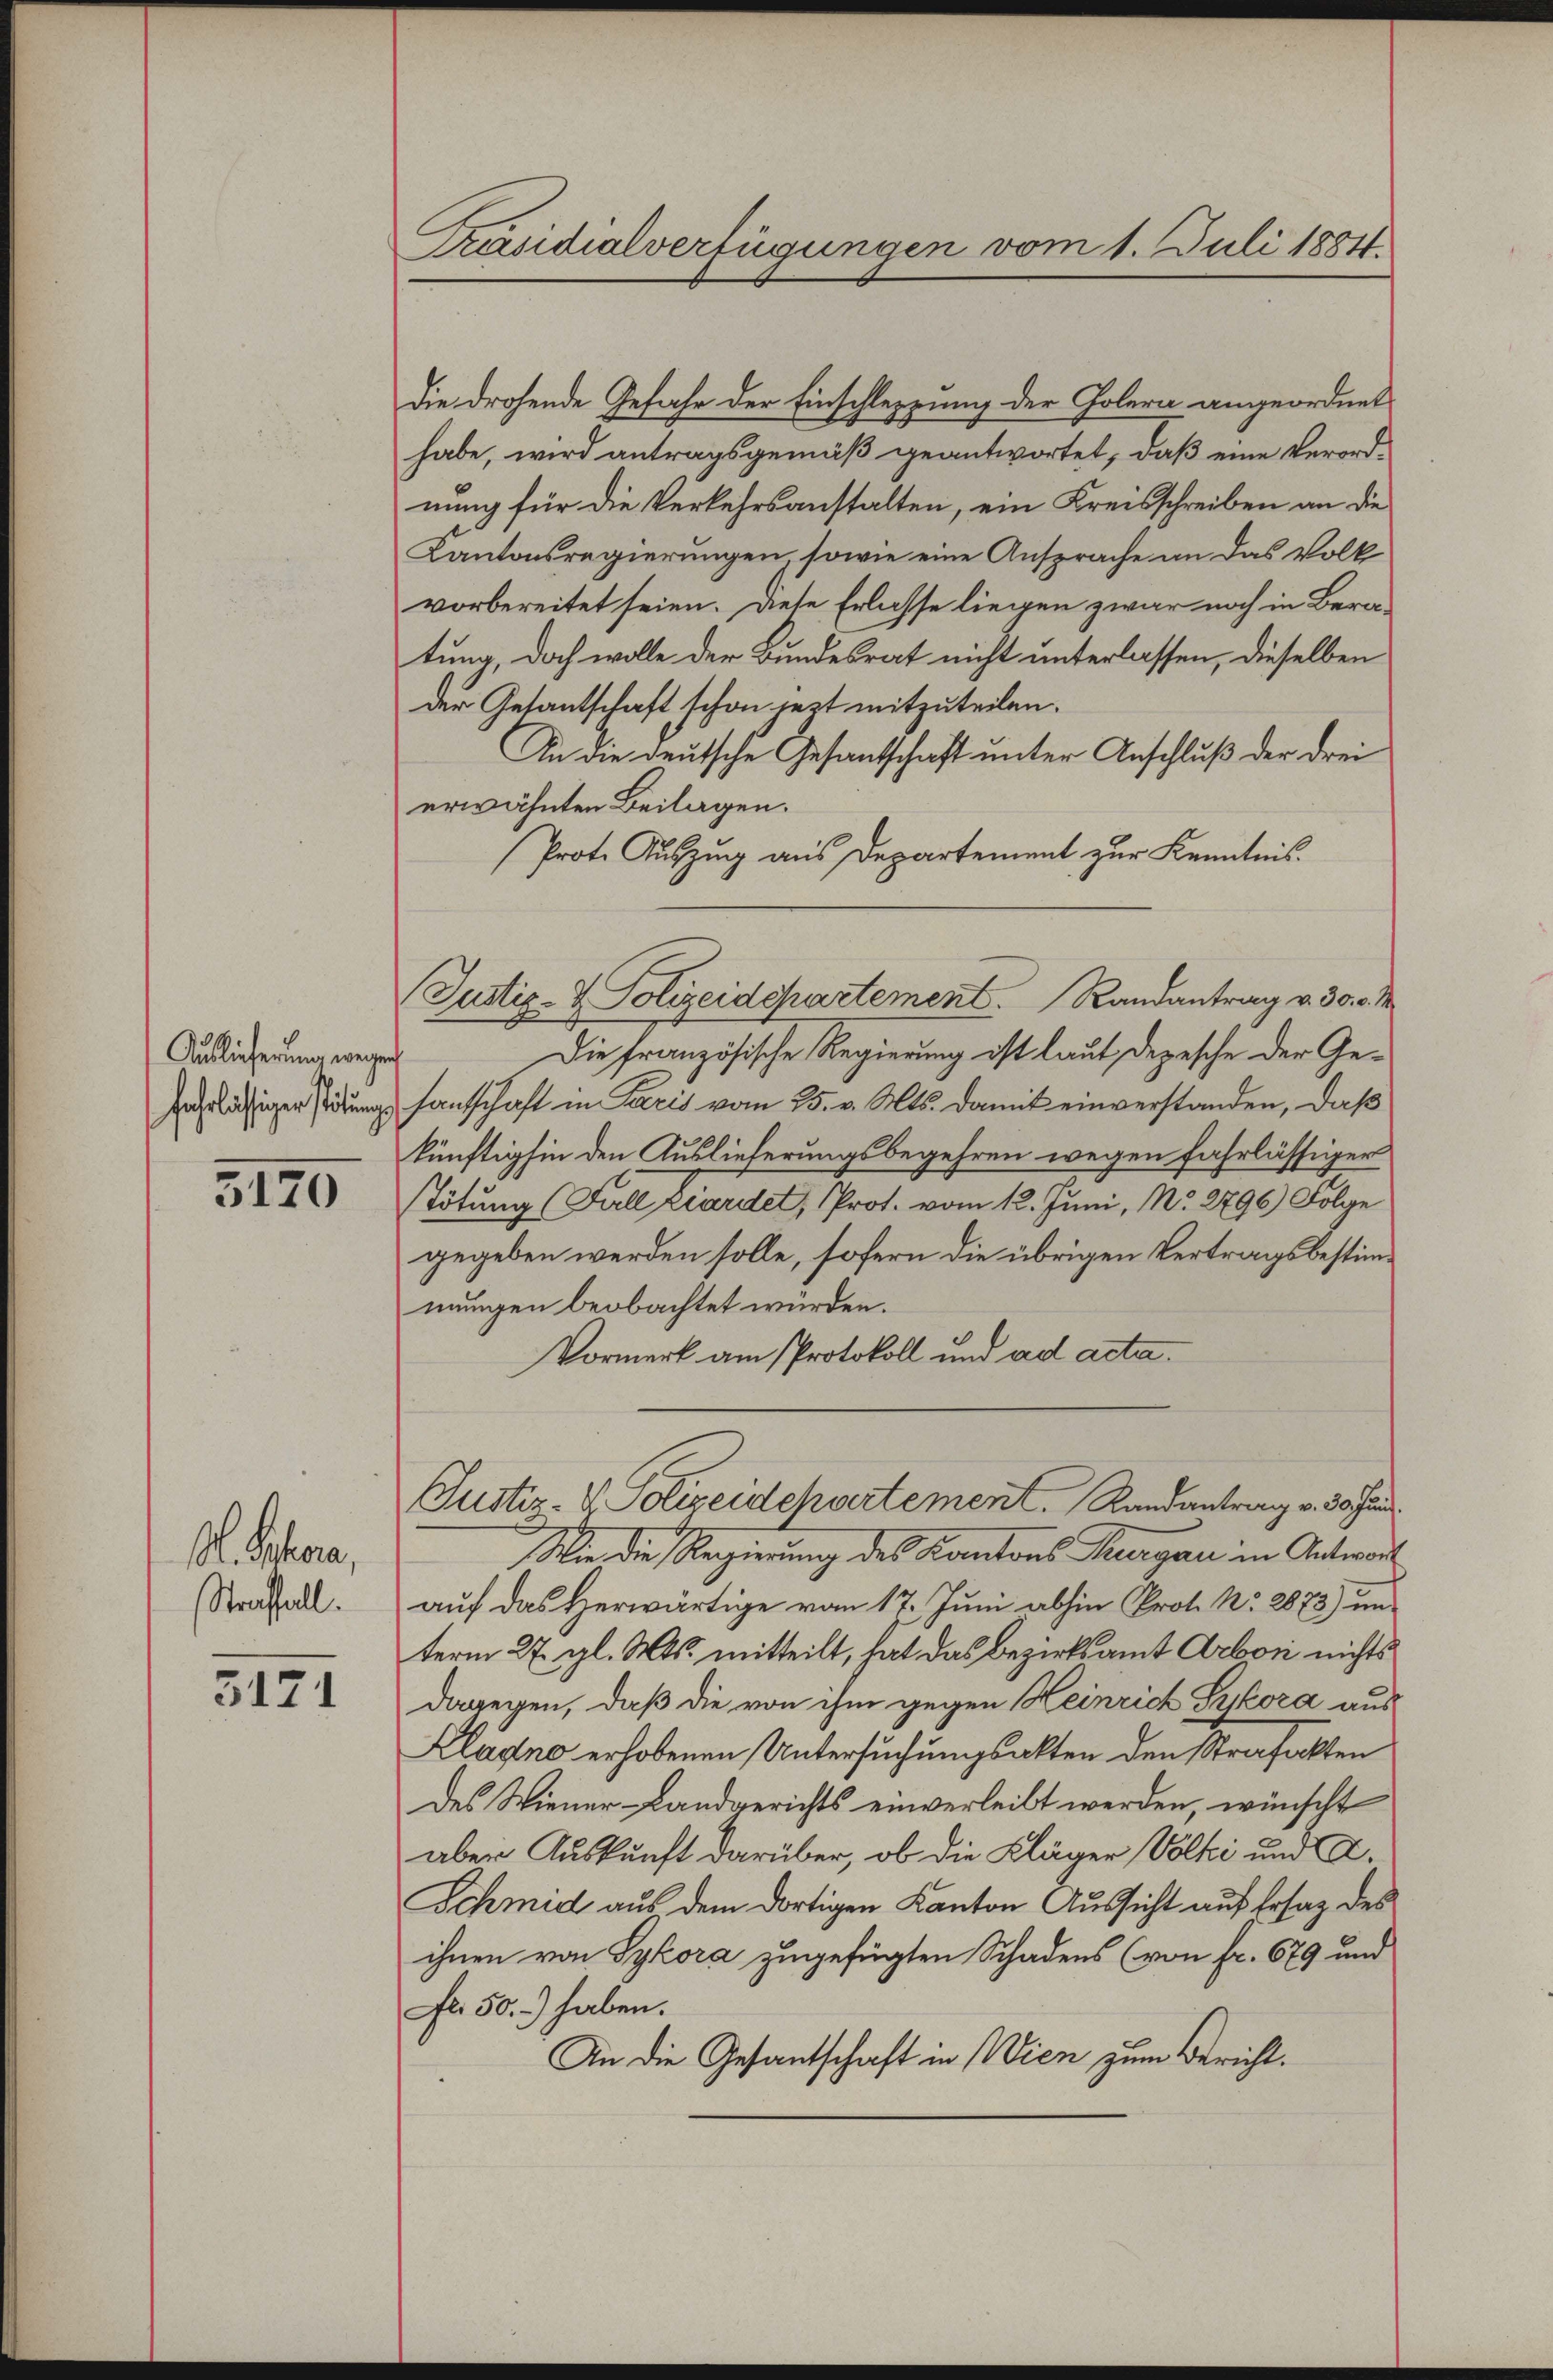
Auslieferung wegen
fahrlässiger Situng

3120

M. Schorn,
Straffall.

3171

Präsidialverfügungen vom 1. Juli 1884.

Die drohende Gefahr der Einschleppung der Golera angeordnet
habe, wird antragsgemäß geantwortet, daß eine Verordnung für die Verkehrsanstalten, ein Kreisschreiben an die
Kantonsregierungen, sowie eine Ansprache an das Volk
vorbereitet seien. Diese Erlasse liegen zwar noch in Beratung, doch wolle der Bundesrat nicht unterlassen, dieselben
der Gesantschaft schon jezt mitzuteilen.
In die deutsche Gesantschaft unter Anschluß der drei
erwähnten Beilagen.
Prot. Auszug aus Departement zur Kenntnis.
Justiz- & Polizeidepartement. Randantrag v. 30. v. M
Die französische Regierung ist laut Depesche der Gefantschaft in Paris vom 25. v. Mts. damit einverstanden, daß
künftighin den Auslieferungsbegehren wegen fahrlässiger
Tötung (Fall Liardet, Prot. vom 12. Juni, N. 2796) Folge
gegeben werden solle, sofern die übrigen Vertragsbestimmungen beobachtet würden.
Vormerk am Protokoll und ad acta.
Justiz- & Polizeidchvertement. Randantrag v. 30. Jan
Wie die Regierung des Kantons Thurgau in Antwort
auf das Herwärtige vom 17. Juni abhin Prot. Nr. 2873) unterm 27. gl. Mts. mitteilt, hat das Bezirksamt Arbon nichts
dagegen, daß die von ihm gegen Heinrich Sykora aus
Kladno erhobenen Untersuchungsakten den Strafakten
des Wiener-Landgerichts einverleibt werden, wünscht
aber Auskunft darüber, ob die Kläger Völki und A.
Schmid aus dem dortigen Kanton Aussicht auf Ersatz des
ihnen von Sykora zugefügten Schadens (von fr. 679 und
Fr. 50.) haben.
An die Gesantschaft in Wien zum Bericht.